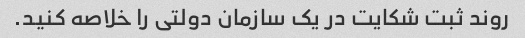
روند ثبت شکایت در یک سازمان دولتی را خلاصه کنید.